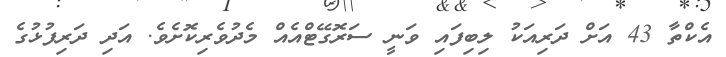
އެކްތާ 43 އަށް ދަރިއަކު ލިބިފައި ވަނީ ސަރޮގޭޓްއެއް މެދުވެރިކޮށެވެ. އަދި ދަރިފުޅުގެ